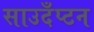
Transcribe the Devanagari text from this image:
साउदँप्टन